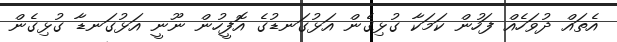
އެތައް ދުވަހެއް ފަހުން ކަމަކާ ގުޅިގެން އަޅުގަނޑުގެ އޮފީހުން ނޫނީ އަޅުގަނޑާ ގުޅިގެން